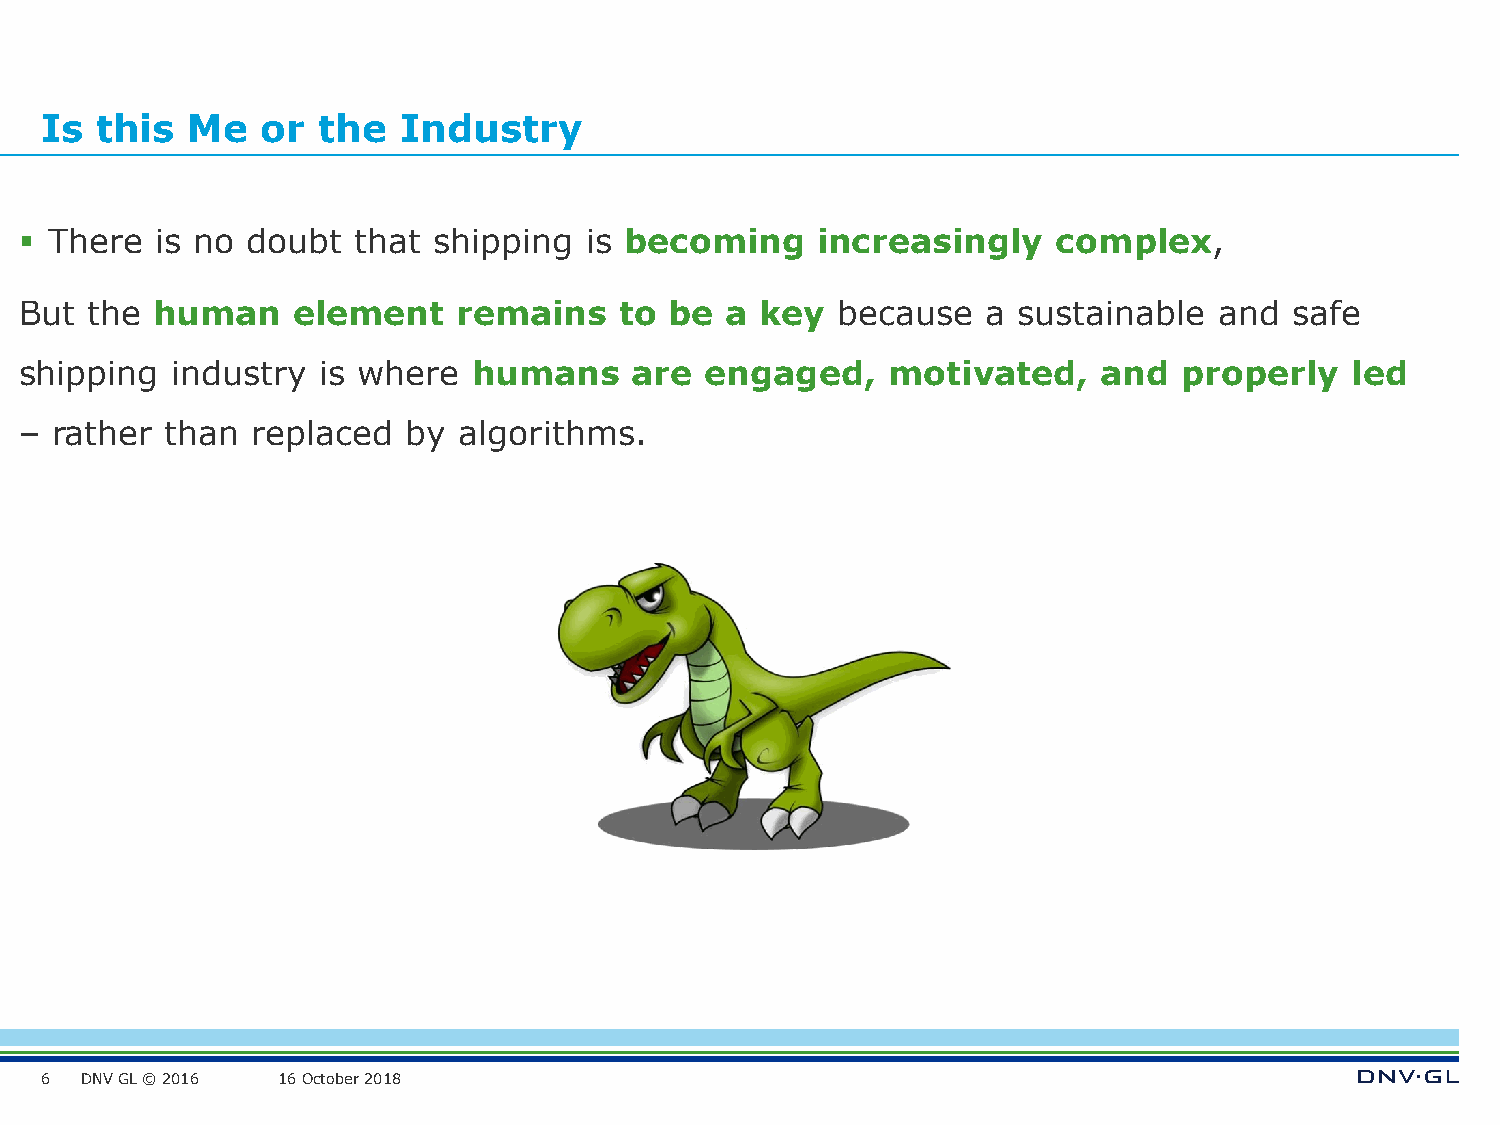
Is this  Me   or  the   Industry
 ▪ There  is no doubt  that  shipping  is becoming    increasingly    complex,
 But  the human    element    remains    to be  a key  because   a sustainable   and  safe
 shipping  industry  is where  humans     are  engaged,    motivated,    and  properly   led
 – rather  than  replaced  by algorithms.
 6 DNV GL © 2016 16 October 2018